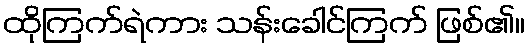
ထိုကြက်ရဲကား သန်းခေါင်ကြက် ဖြစ်၏။